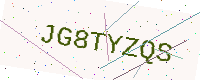
Text: JG8TYZQS